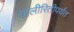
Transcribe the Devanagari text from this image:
चालीरितीपर्यंत